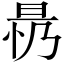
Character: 𱢀